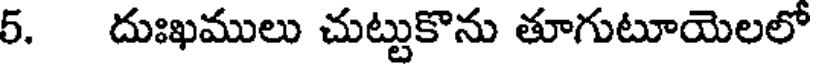
5. దుఃఖములు చుట్టుకొను తూగుటూయెలలో